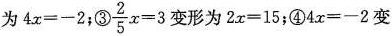
为$$4 x = - 2$$；③$$\frac { 2 }{ 5 } x = 3$$ 变形为$$2 x = 1 5$$；④$$4 x = - 2$$变